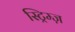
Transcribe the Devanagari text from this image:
स्ट्रिम्ज़